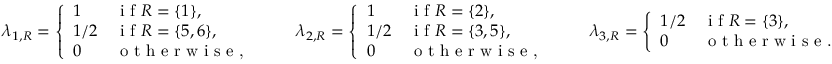
\begin{array} { r } { \lambda _ { 1 , R } = \left\{ \begin{array} { l l } { 1 } & { \textnormal { i f } R = \{ 1 \} , } \\ { 1 / 2 } & { \textnormal { i f } R = \{ 5 , 6 \} , } \\ { 0 } & { \textnormal { o t h e r w i s e , } } \end{array} \right. \qquad \lambda _ { 2 , R } = \left\{ \begin{array} { l l } { 1 } & { \textnormal { i f } R = \{ 2 \} , } \\ { 1 / 2 } & { \textnormal { i f } R = \{ 3 , 5 \} , } \\ { 0 } & { \textnormal { o t h e r w i s e , } } \end{array} \right. \qquad \lambda _ { 3 , R } = \left\{ \begin{array} { l l } { 1 / 2 } & { \textnormal { i f } R = \{ 3 \} , } \\ { 0 } & { \textnormal { o t h e r w i s e . } } \end{array} \right. } \end{array}